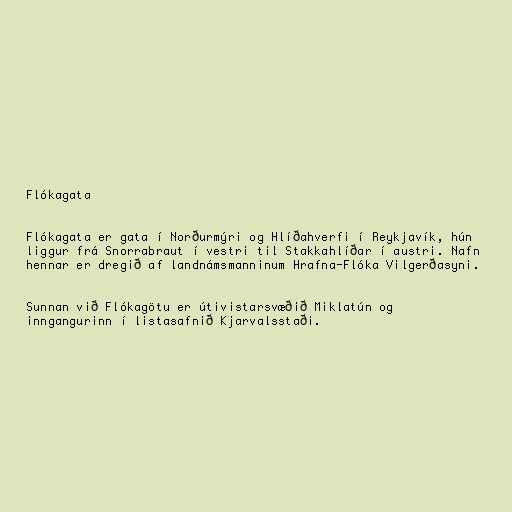
Flókagata

Flókagata er gata í Norðurmýri og Hlíðahverfi í Reykjavík, hún
liggur frá Snorrabraut í vestri til Stakkahlíðar í austri. Nafn
hennar er dregið af landnámsmanninum Hrafna-Flóka Vilgerðasyni.

Sunnan við Flókagötu er útivistarsvæðið Miklatún og
inngangurinn í listasafnið Kjarvalsstaði.